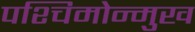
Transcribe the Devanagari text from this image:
पश्चिमोन्मुख